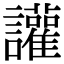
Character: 讙